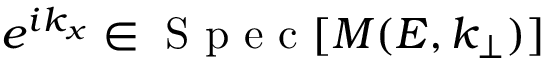
e ^ { i k _ { x } } \in \mathrm { ~ S ~ p ~ e ~ c ~ } [ M ( E , k _ { \bot } ) ]